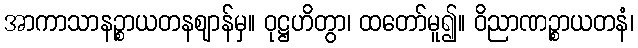
အာကာသာနဉ္စာယတနဈာန်မှ။ ဝုဋ္ဌဟိတွာ၊ ထတော်မူ၍။ ဝိညာဏဉ္စာယတနံ၊